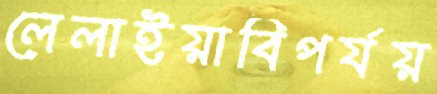
লেলাইয়াবিপর্যয়